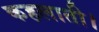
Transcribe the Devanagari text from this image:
कहलाती।